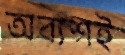
অব্যশই